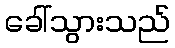
ခေါ်သွားသည်